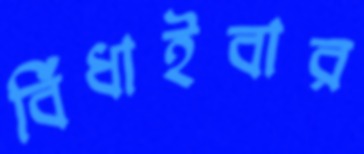
বিঁধাইবার